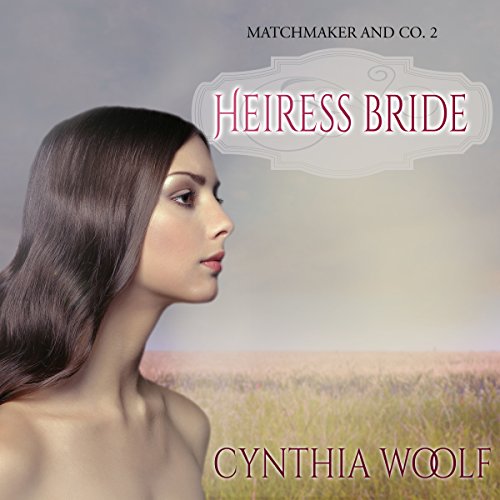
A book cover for Heiress Bride: Matchmaker & Co., Book 2; Cynthia Woolf; Romance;